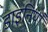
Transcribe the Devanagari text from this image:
डाइनियाँ